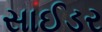
સાઈડર